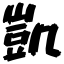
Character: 凱